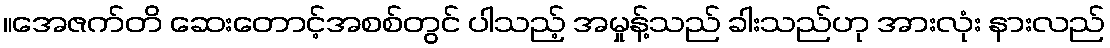
။အေဇက်တိ ဆေးတောင့်အစစ်တွင် ပါသည့် အမှုန့်သည် ခါးသည်ဟု အားလုံး နားလည်